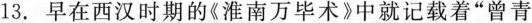
13.早在西汉时期的《淮南万毕术》中就记载着”曾青